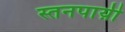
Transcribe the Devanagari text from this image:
स्तनपाय़ी